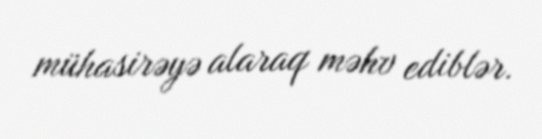
mühasirəyə alaraq məhv ediblər.